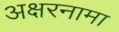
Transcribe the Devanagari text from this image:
अक्षरनामा